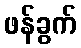
ဖန်ခွက်